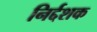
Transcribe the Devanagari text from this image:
निर्द्दशक